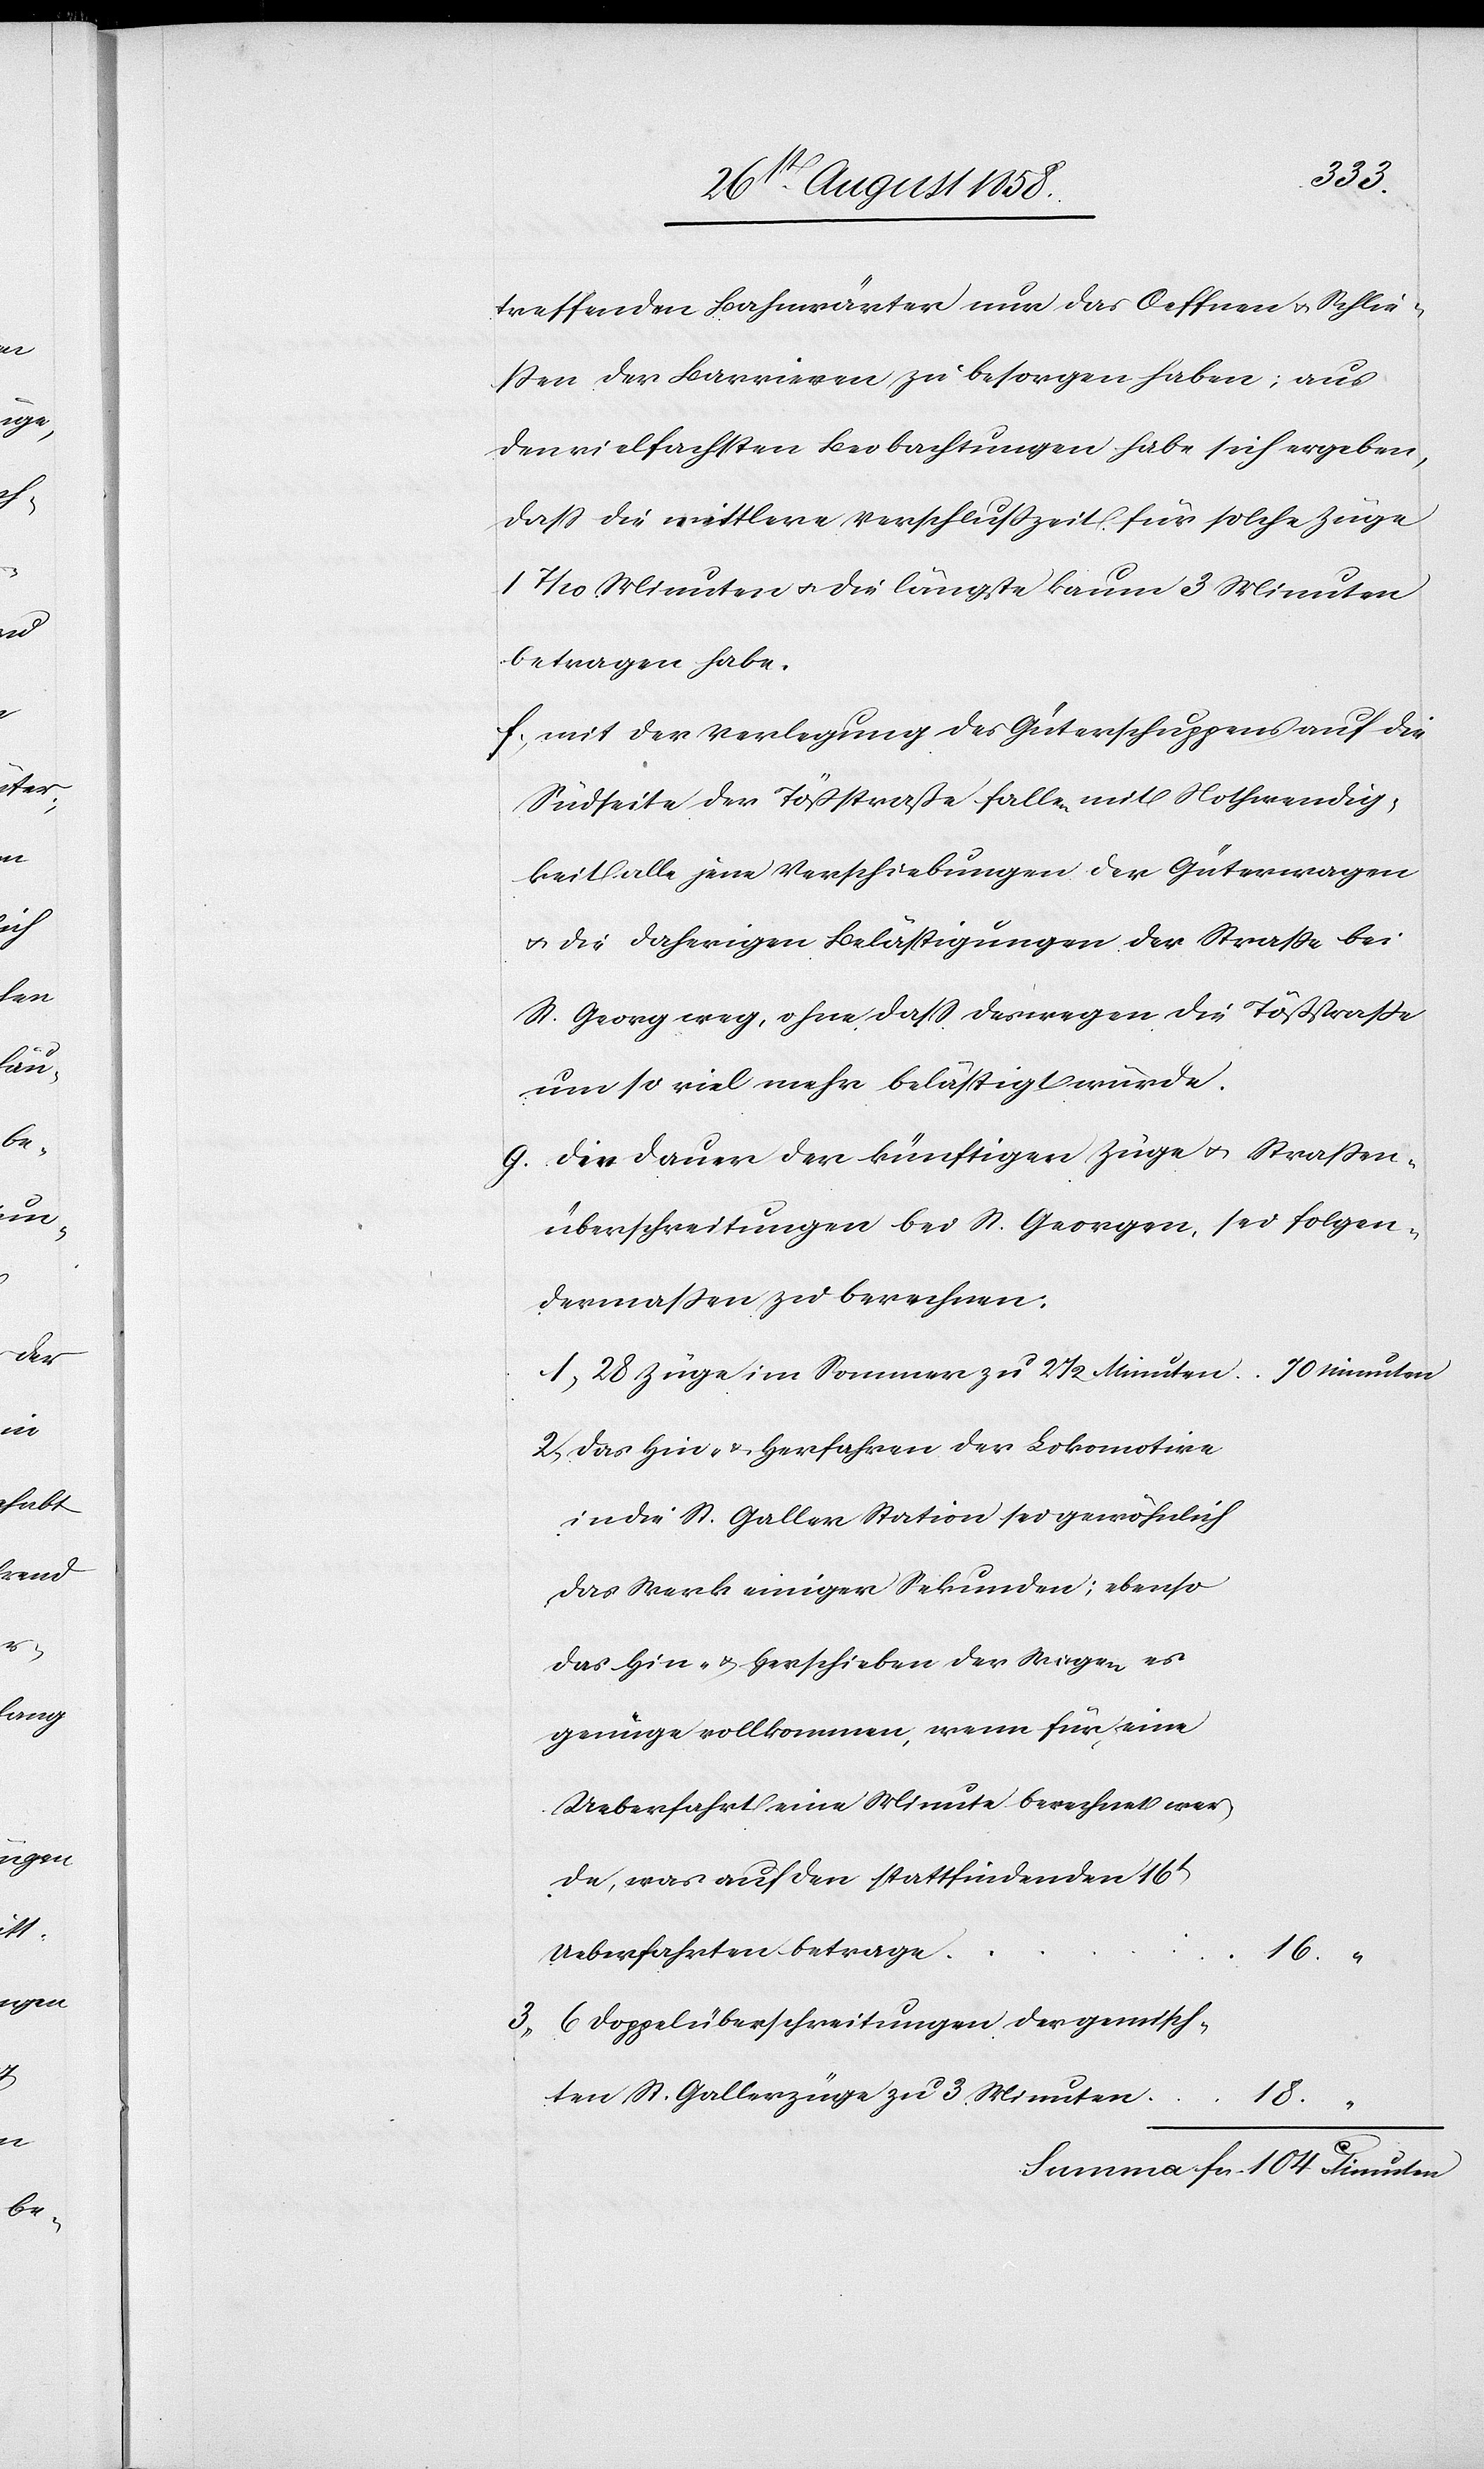
Minuten
treffenden Bahnwärter nur das Oeffnen & Schlie¬
ssen der Barrieren zu besorgen haben; aus
den vielfachsten Beobachtungen habe sich ergeben,
dass die mittlere Verschlusszeit für solche Züge
Minuten & die längste kaum 3 Minuten
betragen habe.
f. mit der Verlegung des Güterschuppens auf die
Südseite der Tößstraße fallen mit Nothwendig¬
keit alle jene Verschiebungen der Güterwagen
& die daherigen Belästigungen der Strasse bei
St. Georg[en] weg, ohne dass deswegen die Tößstraße
um so viel mehr belästigt würde.
g. Die Dauer der künftigen Züge & Strassen¬
überschreitungen bei St. Georgen, sei folgen¬
dermassen zu berechnen:
70 Minuten
28 Züge im Sommer zu 2 1/2 Minuten
Das Hin- & Herfahren der Lokomotive
in die St. Galler Station sei gewöhnlich
das Werk einiger Sekunden; ebenso
das Hin- & Herschieben der Wagen es
genüge vollkommen, wenn für eine
Ueberfahrt eine Minute berechnet wer¬
de, was auf den stattfindenden 16t
Ueberfahrten betrage
16.
6 Doppelüberschreitungen der gemisch¬
ten St. Gallerzüge zu 3 Minuten
18.
“